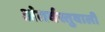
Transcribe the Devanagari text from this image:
अंतर्वस्तुवाली